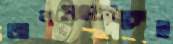
জনসংখ্যাকেই